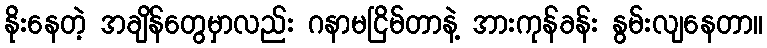
နိုးနေတဲ့ အချိန်တွေမှာလည်း ဂနာမငြိမ်တာနဲ့ အားကုန်ခန်း နွမ်းလျနေတာ။